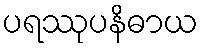
ပရဿုပနိဓာယ